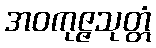
အဝကုဇ္ဇသုတ္တံ